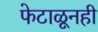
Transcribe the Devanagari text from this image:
फेटाळूनही